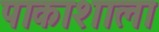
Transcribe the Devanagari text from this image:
पाकाशाला